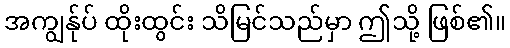
အကျွန်ုပ် ထိုးထွင်း သိမြင်သည်မှာ ဤသို့ ဖြစ်၏။